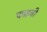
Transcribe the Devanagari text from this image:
पपइची